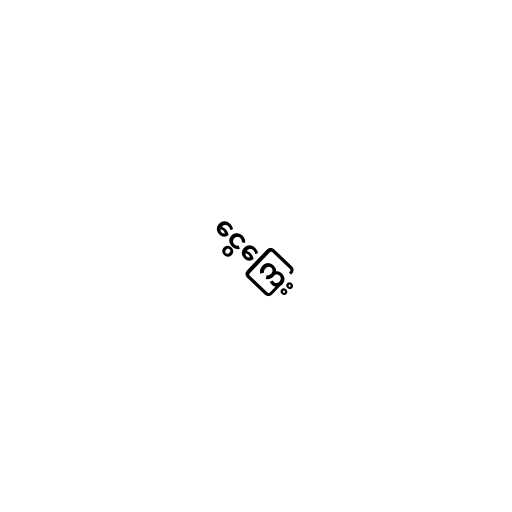
ငွေကြေး